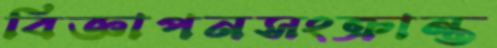
বিজ্ঞাপনসংক্রান্ত